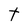
Character: t